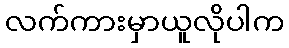
လက်ကားမှာယူလိုပါက